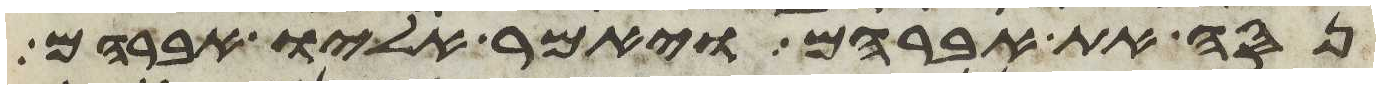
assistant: נסה את אברהם ויאמר אליו אברהם